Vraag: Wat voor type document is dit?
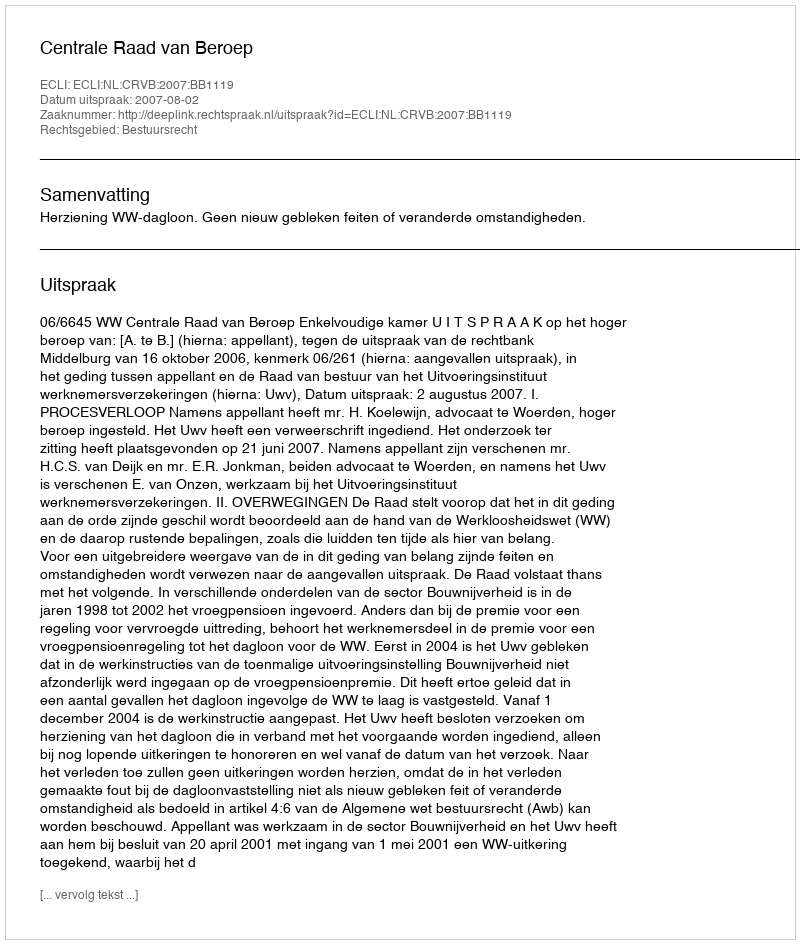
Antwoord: Uitspraak